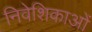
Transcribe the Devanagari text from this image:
निवेशिकाओं